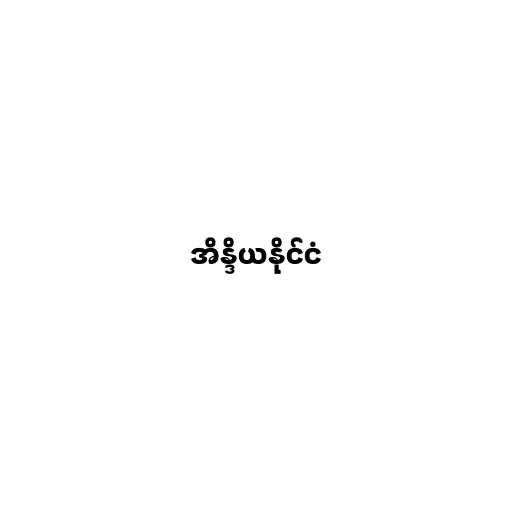
အိန္ဒိယနိုင်ငံ